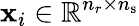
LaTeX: \mathbf{x}_{i}\in\mathbb{R}^{n_{r}\times n_{\mathrm{s}}}